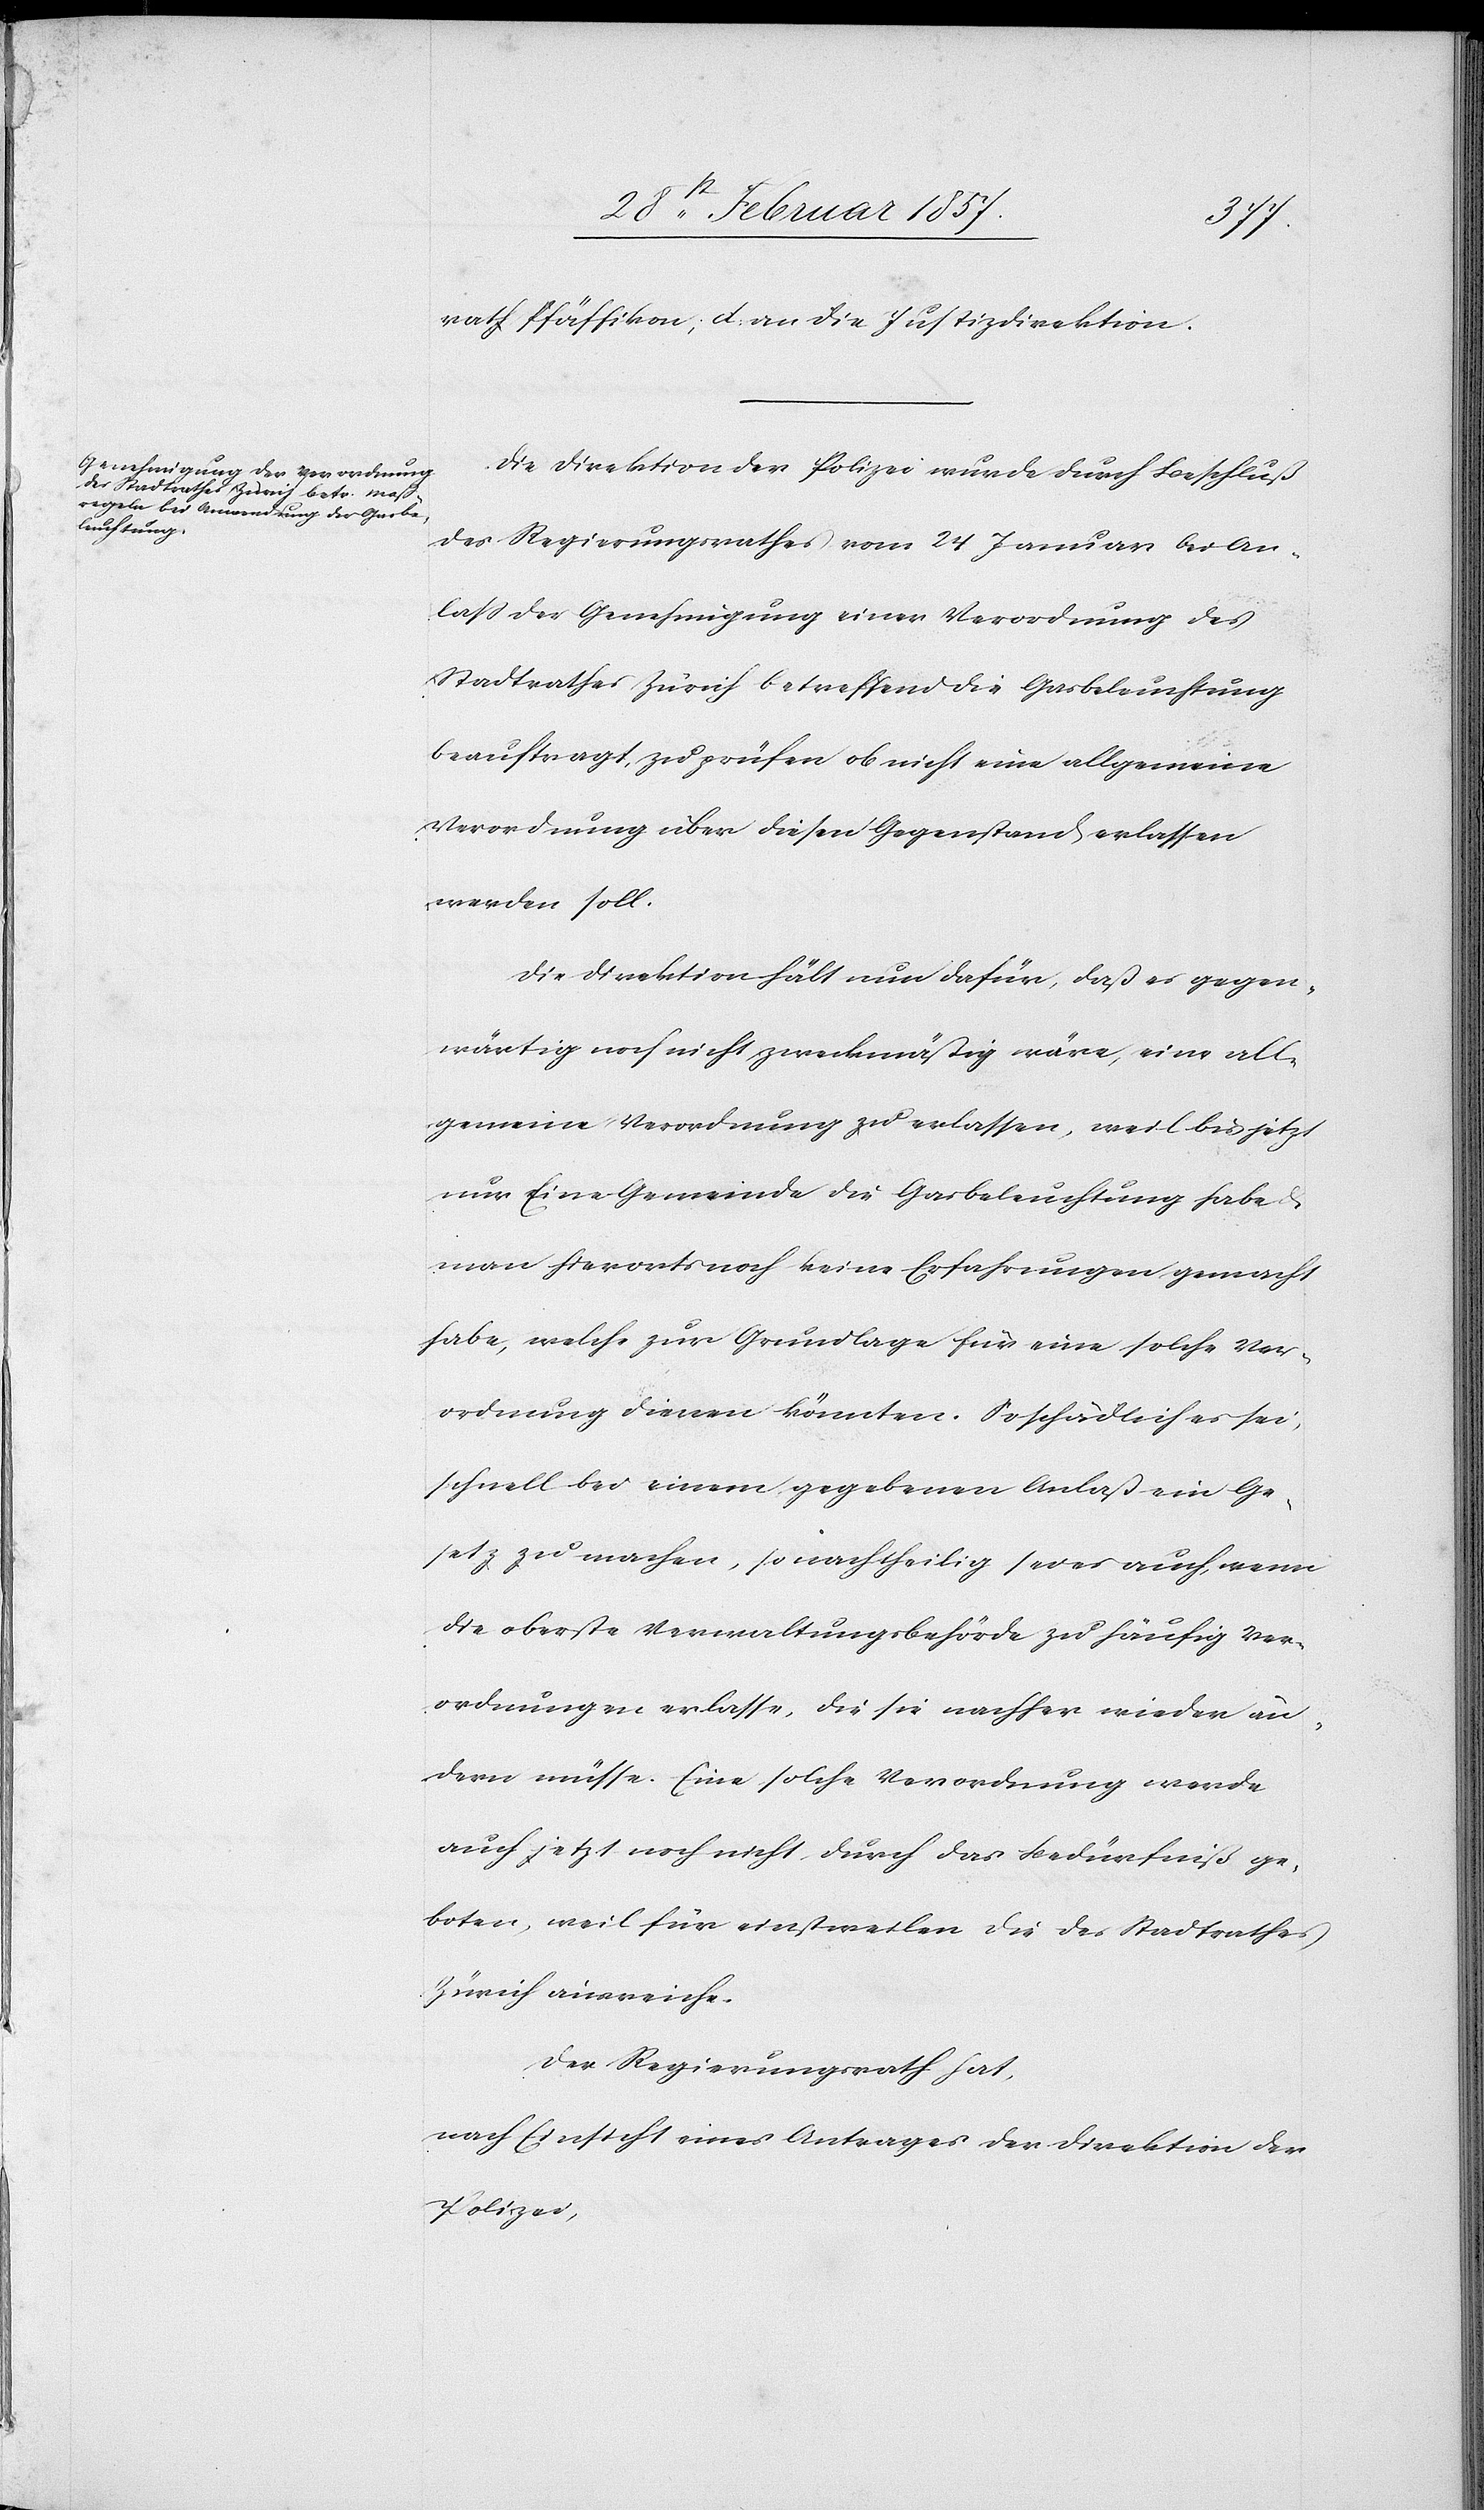
rath Pfäffikon; d. an die Justizdirektion.
Die Direktion der Polizei wurde durch Beschluß
des Regierungsrathes vom 24 Januar bei An¬
laß der Genehmigung einer Verordnung des
Stadtrathes Zürich betreffend die Gasbeleuchtung
beauftragt, zu prüfen ob nicht eine allgemeine
Verordnung über diesen Gegenstand erlassen
werden soll.
Die Direktion hält nun dafür, daß es gegen¬
wärtig noch nicht zweckmäßig wäre, eine all¬
gemeine Verordnung zu erlassen, weil bis jetzt
nur Eine Gemeinde die Gasbeleuchtung habe u.
man hierorts noch keine Erfahrungen gemacht
habe, welche zur Grundlage für eine solche Ver¬
ordnung dienen könnten. So schädlich es sei,
schnell bei einem gegebenen Anlaß ein Ge¬
setz zu machen, so nachtheilig sei es auch, wenn
die oberste Verwaltungsbehörde zu häufig Ver¬
ordnungen erlasse, die sie nachher wieder än¬
dern müsse. Eine solche Verordnung werde
auch jetzt noch nicht durch das Bedürfniß ge¬
boten, weil für einstweilen die des Stadtrathes
Zürich ausreiche.
Der Regierungsrath hat,
nach Einsicht eines Antrages der Direktion der
Polizei